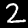
Label: 2